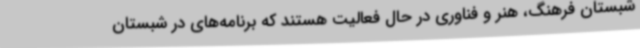
شبستان فرهنگ، هنر و فناوری در حال فعالیت هستند که برنامه‌های در شبستان